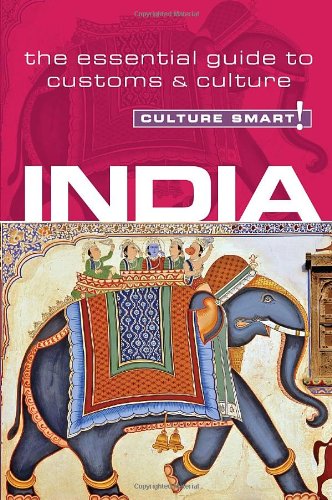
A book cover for India - Culture Smart!: The Essential Guide to Customs & Culture; Becky Stephen; Business & Money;